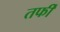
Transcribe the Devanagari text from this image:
तर्फी